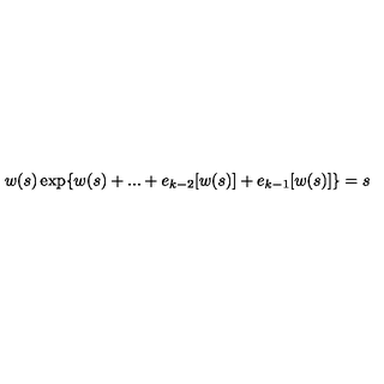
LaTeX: w ( s ) \exp \{ w ( s ) + . . . + e _ { k - 2 } [ w ( s ) ] + e _ { k - 1 } [ w ( s ) ] \} = s